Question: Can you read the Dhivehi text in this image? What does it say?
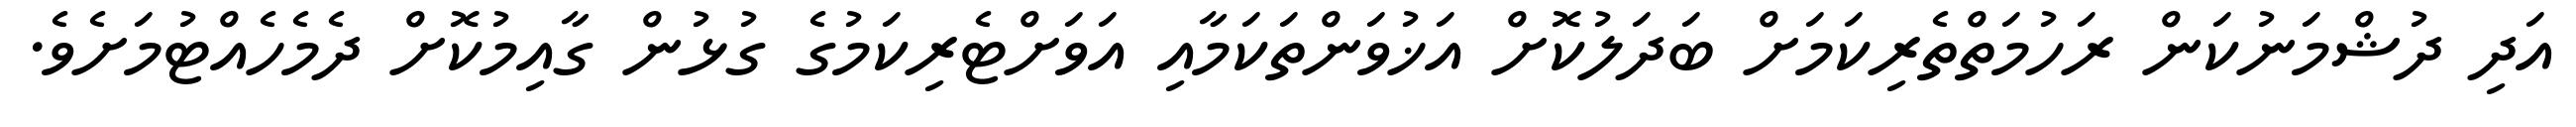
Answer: އަދި ދުޝްމަނުކަން ރަހުމަތްތެރިކަމަށް ބަދަލުކޮށް އަޚުވަންތަކަމާއި އަވަށްޓެރިކަމުގެ ގުޅުން ގާއިމުކޮށް ދެމެހެއްޓުމަށެވެ.